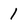
Character: 1